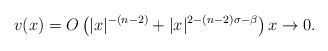
\begin{align*} v(x)=O\left(|x|^{-(n-2)}+|x|^{2-(n-2)\sigma-\beta}\right) x\to 0. \end{align*}